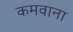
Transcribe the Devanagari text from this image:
कमवाना